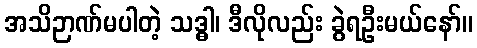
အသိဉာဏ်မပါတဲ့ သဒ္ဓါ၊ ဒီလိုလည်း ခွဲရဦးမယ်နော်။